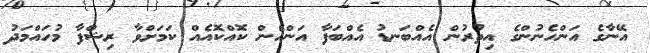
އޭނާގެ އަންހެނުންގެ އިތުރުން އެއްބަނޑު އެއްބަފާ އަންހެން ކޮއްކޮއެއް ކަމަށްވާ ރިޝްފާ މުހައްމަދު